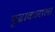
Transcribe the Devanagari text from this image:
पुढाकाराला